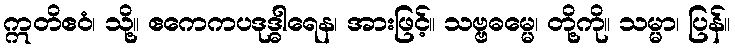
ဣတိဧဝံ၊ သို့။ ဧကေကပဒုဒ္ဓါရေန၊ အားဖြင့်။ သဗ္ဗဓမ္မေ၊ တို့ကို။ သမ္မာ၊ ပြန်။